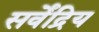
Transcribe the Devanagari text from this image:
सर्वेंद्रिय